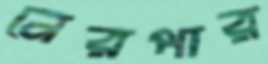
নেরপার